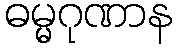
ဓမ္မဂုဏာန